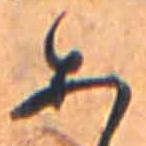
あ